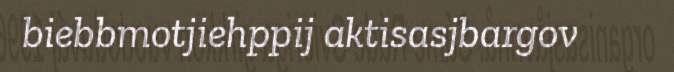
biebbmotjiehppij aktisasjbargov